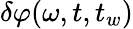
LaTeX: \delta\varphi(\omega,t,t_{w})